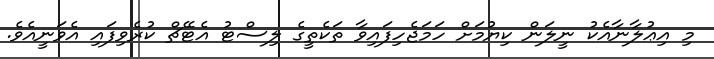
މި އިޢުލާނާއެކު ނީލަން ކިޔުމަށް ހަމަޖެހިފައިވާ ތަކެތީގެ ލިސްޓު އެޓޭޗް ކުރެވިފައި އެވަނީއެވެ.